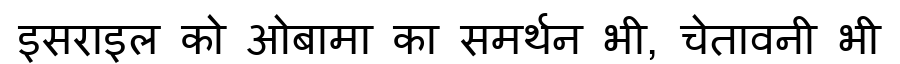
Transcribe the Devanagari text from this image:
इसराइल को ओबामा का समर्थन भी, चेतावनी भी